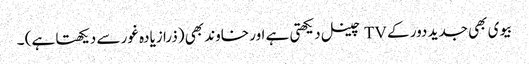
بیوی بھی جدید دور کے TV چینل دیکھتی ہے اور خاوند بھی (ذرا زیادہ غور سے دیکھتا ہے) ۔